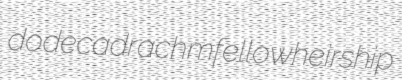
dodecadrachm fellowheirship